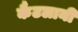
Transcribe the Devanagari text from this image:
कैटलानी